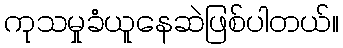
ကုသမှုခံယူနေဆဲဖြစ်ပါတယ်။